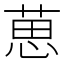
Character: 葸